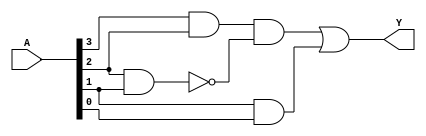
module EssentialPrimeImplicants (
    input wire [3:0] A, // 4 input variables (A[3:0])
    output wire Y       // Output of the combinational logic
);

// Internal signals for prime implicants
wire p1, p2, p3, p4; // Example prime implicants
wire e1, e2;        // Essential prime implicants

// Example prime implicant logic (for a specific function)
assign p1 = A[3] & A[2]; // Example: A3 & A2
assign p2 = A[2] & A[1]; // Example: A2 & A1
assign p3 = A[1] & A[0]; // Example: A1 & A0
assign p4 = A[3] & A[0]; // Example: A3 & A0

// Identify essential prime implicants
assign e1 = p1 & ~p2; // Example: e1 is essential if p1 covers minterm not covered by p2
assign e2 = p3;       // Example: e2 is essential if p3 is unique

// Final output logic combining essential prime implicants
assign Y = e1 | e2; // Final output based on essential prime implicants

endmodule